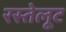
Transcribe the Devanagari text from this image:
रस्तेलूट